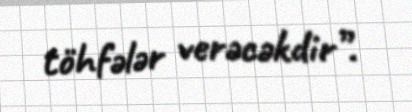
töhfələr verəcəkdir”.